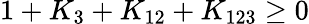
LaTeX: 1+K_{3}+K_{12}+K_{123}\ge 0